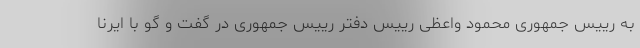
به رییس جمهوری محمود واعظی رییس دفتر رییس جمهوری در گفت و گو با ایرنا